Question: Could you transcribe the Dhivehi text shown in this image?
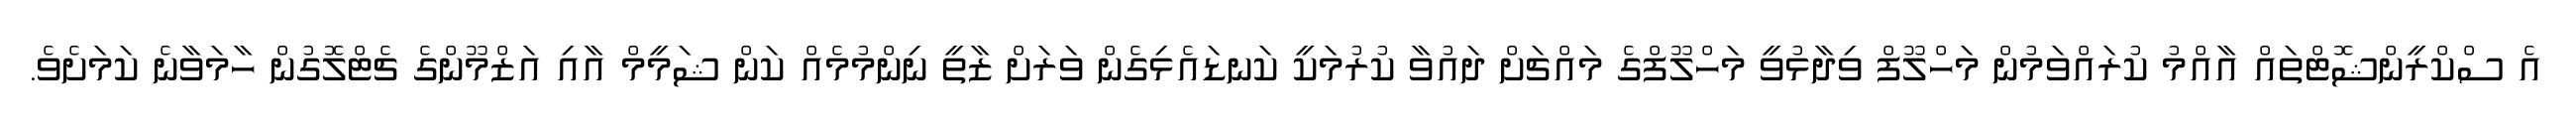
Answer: އެ ސްކްރީންޝޮޓްތައް އާއްމު ކުރައްވަމުން މަހްލޫފް ވިދާޅުވީ މަހްލޫފްގެ މައްޗަށް ދައުވާ ކުރުމަކީ ކަނޑައެޅިގެން ވަރަށް ޒާތީ ނިންމުމެއް ކަން ޝަމީމް އާއި އަޒްމޫންގެ ޗެޓްލޮގުން ހާމަވާނެ ކަމަށެވެ.